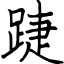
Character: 踕